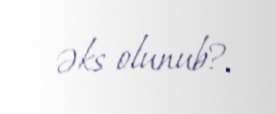
əks olunub?.